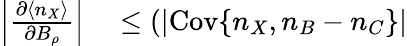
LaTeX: \begin{array}{rl}{\left|\frac{\partial\langle n_{X}\rangle}{\partial B_{\rho}}\right|}&{{}\leq(|\mathrm{Cov}\{ n_{X},n_{B}-n_{C}\} |}\end{array}